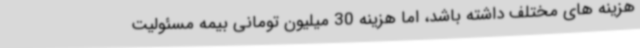
هزینه های مختلف داشته باشد، اما هزینه 30 میلیون تومانی بیمه مسئولیت